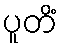
ပူတိံ